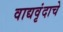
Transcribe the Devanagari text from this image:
वाद्यवृंदाचे